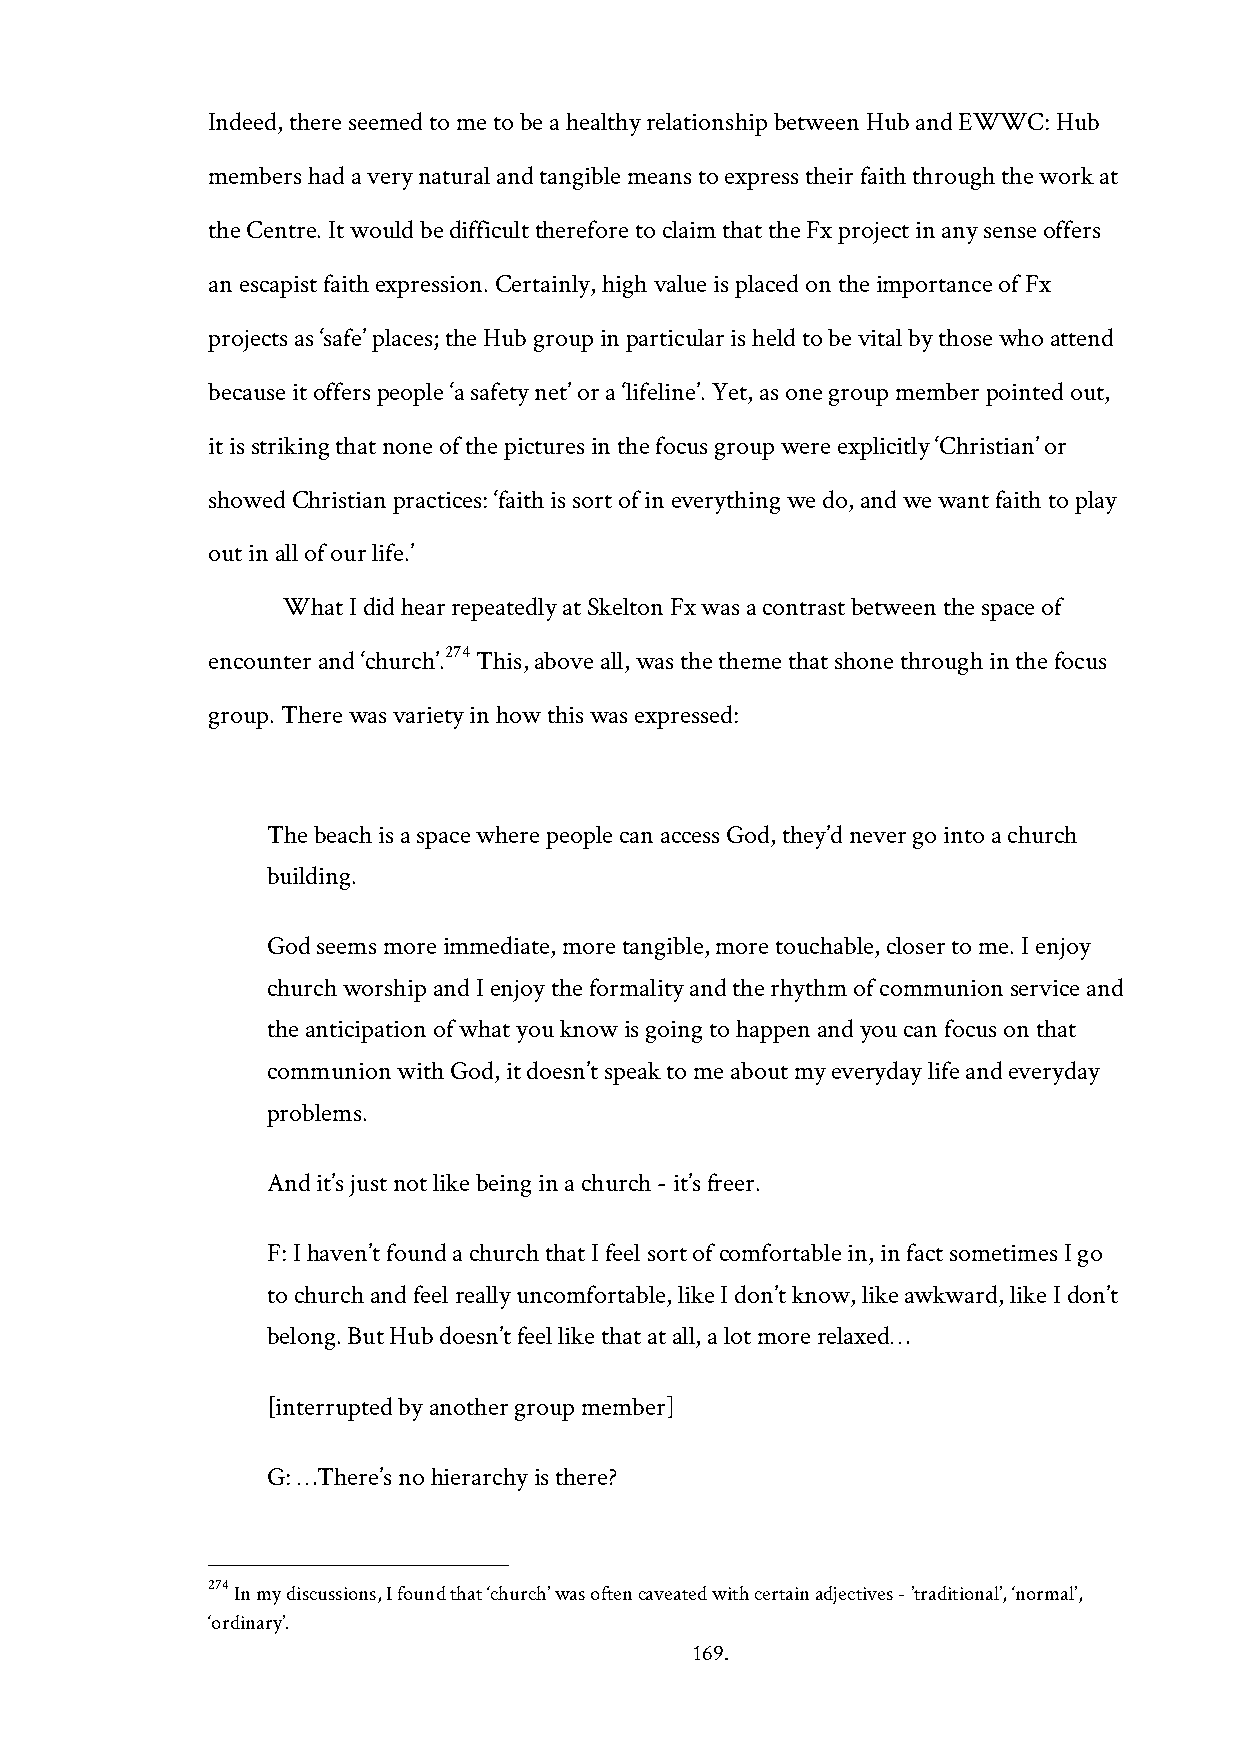
Indeed, there seemed to me to be a healthy relationship between Hub and EWWC: Hub
 members had a very natural and tangible means to express their faith through the work at
 the Centre. It would be difficult therefore to claim that the Fx project in any sense offers
 an escapist faith expression. Certainly, high value is placed on the importance of Fx
 projects as ‘safe’ places; the Hub group in particular is held to be vital by those who attend
 because it offers people ‘a safety net’ or a ‘lifeline’. Yet, as one group member pointed out,
 it is striking that none of the pictures in the focus group were explicitly ‘Christian’ or
 showed Christian practices: ‘faith is sort of in everything we do, and we want faith to play
 out in all of our life.’
 What I did hear repeatedly at Skelton Fx was a contrast between the space of
 274
 encounter and ‘church’. This, above all, was the theme that shone through in the focus
 group. There was variety in how this was expressed:
 The beach is a space where people can access God, they’d never go into a church
 building.
 God seems more immediate, more tangible, more touchable, closer to me. I enjoy
 church worship and I enjoy the formality and the rhythm of communion service and
 the anticipation of what you know is going to happen and you can focus on that
 communion with God, it doesn’t speak to me about my everyday life and everyday
 problems.
 And it’s just not like being in a church - it’s freer.
 F: I haven’t found a church that I feel sort of comfortable in, in fact sometimes I go
 to church and feel really uncomfortable, like I don’t know, like awkward, like I don’t
 belong. But Hub doesn’t feel like that at all, a lot more relaxed…
 [interrupted by another group member]
 G: …There’s no hierarchy is there?
 274 In my discussions, I found that ‘church’ was often caveated with certain adjectives - ’traditional’, ‘normal’,
 ‘ordinary’.
 169.